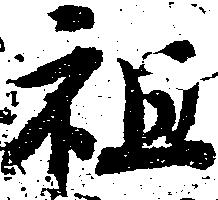
祖